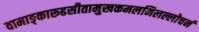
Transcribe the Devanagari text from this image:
वामाङ्कारूढसीतामुखकमलमिलल्लोचनं